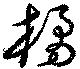
橘